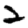
Digit: 2